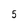
Character: 5